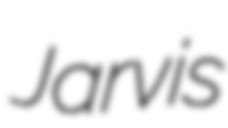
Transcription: Jarvis